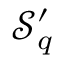
\mathcal { S } _ { q } ^ { \prime }